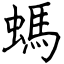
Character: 螞